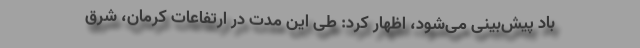
باد پیش‌بینی می‌شود، اظهار کرد: طی این مدت در ارتفاعات کرمان، شرق